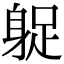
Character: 𨉌